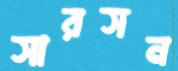
সারসন